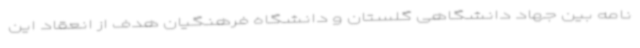
نامه بین جهاد دانشگاهی گلستان و دانشگاه فرهنگیان هدف از انعقاد این